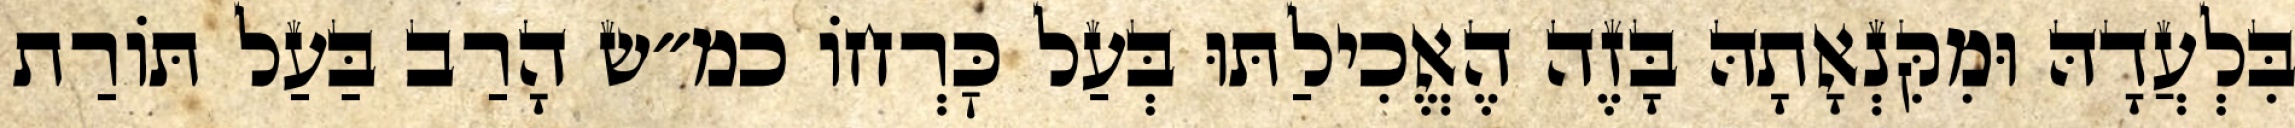
בִּלְעֲדָהּ וּמִקִּנְאָתָהּ בָּזֶה הֶאֱכִילַתּוּ בְּעַל כׇּרְחוֹ כמ״ש הָרַב בַּעַל תּוֹרַת